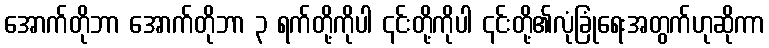
အောက်တိုဘာ အောက်တိုဘာ ၃ ရက်တို့ကိုပါ ၎င်းတို့ကိုပါ ၎င်းတို့၏လုံခြုံရေးအတွက်ဟုဆိုကာ